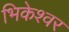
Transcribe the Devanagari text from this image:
भिकेश्वर